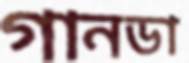
গানডা